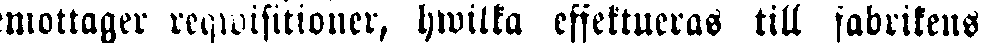
mottager reqwisitioner, hwilka effektueras till fabrikens